Insane asylums in Bengal annual reports 1867-1875 - 1867-1875
Year: 1867
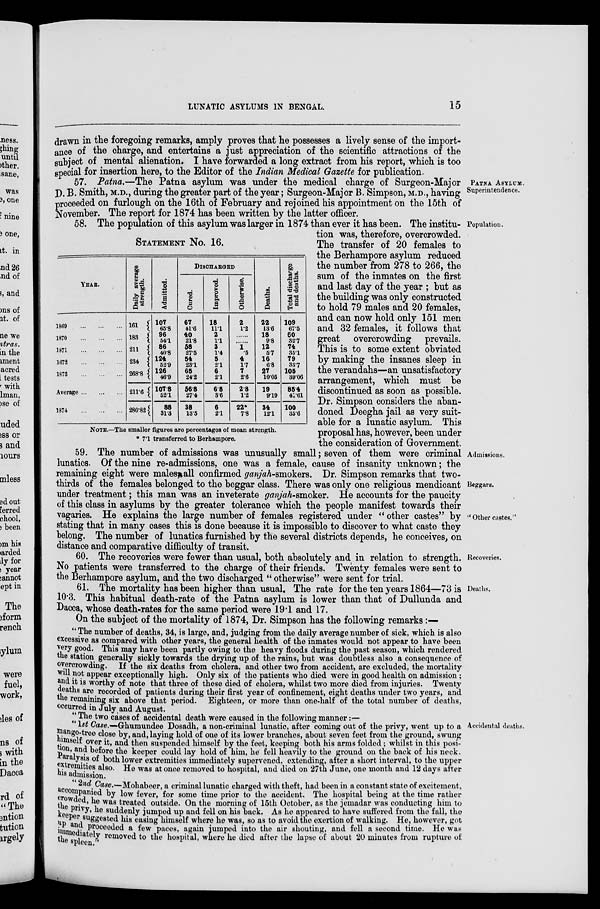
LUNATIC ASYLUMS IN BENGAL.
15
drawn in the foregoing remarks, amply proves that he possesses a lively sense of the import-
ance of the charge, and entertains a just appreciation of the scientific attractions of the
subject of mental alienation. I have forwarded a long extract from his report, which is too
special for insertion here, to the Editor of the Indian Medical Gazette for publication.
PATNA ASYLUM.
Superintendence.
57. Patna.—The Patna asylum was under the medical charge of Surgeon-Major
D. B. Smith, M.D., during the greater part of the year; Surgeon-Major B. Simpson, M.D., having
proceeded on furlough on the 16th of February and rejoined his appointment on the 15th of
November. The report for 1874 has been written by the latter officer.
Population.
STATEMENT No. 16.
YEAR.
1869 ...
...
...
1870
...
...
...
1871
...
...
...
1672
...
...
...
1873
...
...
...
Average ... ... ...
1874
...
...
...
Daily average
strength.
161
183
211
234
268.8
211.6
280.82
Admitted.
107
65.8
96
54.1
86
40.8
124
52.9
126
46.0
107.8
52.1
88
31.3
DISCHARGED
Cured.
67
41.6
40
21.8
58
27.5
54
23.1
65
24.2
56.8
27.4
38
13.5
Improved.
18
11.1
2
1.1
3
1.4
5
2.1
6
2.1
6.8
3.6
6
2.1
Otherwise.
2
1.2
......
......
1
.5
4
1.7
7
2.6
2.8
1.2
22*
7.8
Deaths.
22
13.6
18
9.8
12
5.7
16
6.8
27
10.05
19
9.19
34
12.1
Total discharge
and deaths.
109
67.5
60
32.7
74
35.1
79
33.7
105
39.06
85.4
41.61
100
35.6
NOTE.—The smaller figures are percentages of mean strength.
* 7.1 transferred to Berhampore.
58. The population of this asylum was larger in 1874 than ever it has been. The institu-
tion was, therefore, overcrowded.
The transfer of 20 females to
the Berhampore asylum reduced
the number from 278 to 266, the
sum of the inmates on the first
and last day of the year ; but as
the building was only constructed
to hold 79 males and 20 females,
and can now hold only 151 men
and 32 females, it follows that
great overcrowding prevails.
This is to some extent obviated
by making the insanes sleep in
the verandahs—an unsatisfactory
arrangement, which must be
discontinued as soon as possible.
Dr. Simpson considers the aban-
doned Deegha jail as very suit-
able for a lunatic asylum. This
proposal has, however, been under
the consideration of Government.
Admissions.
Beggars.
"Other castes."
59. The number of admissions was unusually small; seven of them were criminal
lunatics. Of the nine re-admissions, one was a female, cause of insanity unknown; the
remaining eight were males, all confirmed ganjah-smokers. Dr. Simpson remarks that two-
thirds of the females belonged to the beggar class. There was only one religious mendicant
under treatment; this man was an inveterate ganjah-smoker. He accounts for the paucity
of this class in asylums by the greater tolerance which the people manifest towards their
vagaries. He explains the large number of females registered under " other castes" by
stating that in many cases this is done because it is impossible to discover to what caste they
belong. The number of lunatics furnished by the several districts depends, he conceives, on
distance and comparative difficulty of transit.
Recoveries.
60. The recoveries were fewer than usual, both absolutely and in relation to strength.
No patients were transferred to the charge of their friends. Twenty females were sent to
the Berhampore asylum, and the two discharged " otherwise" were sent for trial.
Deaths.
61. The mortality has been higher than usual. The rate for the ten years 1864—73 is
10.3. This habitual death-rate of the Patna asylum is lower than that of Dullunda and
Dacca, whose death-rates for the same period were 19.1 and 17.
On the subject of the mortality of 1874, Dr. Simpson has the following remarks:—
" The number of deaths, 34, is large, and, judging from the daily average number of sick, which is also
excessive as compared with other years, the general health of the inmates would not appear to have been
very good. This may have been partly owing to the heavy floods during the past season, which rendered
the station generally sickly towards the drying up of the rains, but was doubtless also a consequence of
overcrowding. If the six deaths from cholera, and other two from accident, are excluded, the mortality
will not appear exceptionally high. Only six of the patients who died were in good health on admission;
and it is worthy of note that three of these died of cholera, whilst two more died from injuries. Twenty
deaths are recorded of patients during their first year of confinement, eight deaths under two years, and
the remaining six above that period. Eighteen, or more than one-half of the total number of deaths,
occurred in July and August.
"The two cases of accidental death were caused in the following manner:—
Accidental deaths.
"1st Case.—Ghumundee Dosadh, a non-criminal lunatic, after coming out of the privy, went up to a
mango-tree close by, and, laying hold of one of its lower branches, about seven feet from the ground, swung
himself over it, and then suspended himself by the feet, keeping both his arms folded; whilst in this posi-
tion, and before the keeper could lay hold of him, he fell heavily to the ground on the back of his neck.
Paralysis of both lower extremities immediately supervened, extending, after a short interval, to the upper
extremities also. He was at once removed to hospital, and died on 27th June, one month and 12 days after
his admission.
"2nd
Case.—Mohabeer, a criminal lunatic charged with theft, had been in a constant state of excitement,
accompanied by low fever, for some time prior to the accident. The hospital being at the time rather
crowded he was treated outside. On the morning of 15th October, as the jemadar was conducting him to
the privy, he suddenly jumped up and fell on his back. As he appeared to have suffered from the fall, the
keeper suggested his easing himself where he was, so as to avoid the exertion of walking. He, however, got
up and proceeded a few paces, again jumped into the air shouting, and fell a second time. He was
immediately removed to the hospital, where he died after the lapse of about 20 minutes from rupture of
the spleen."